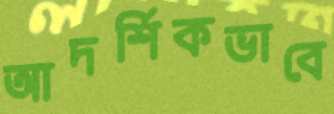
আদর্শিকভাবে